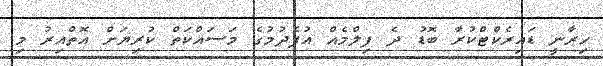
ހިރާނީ ޑައިރެކްޓްކުރާ ބޮޑު ދެ ފިލްމެއް އުފެދުމުގެ މަސައްކަތް ކުރިޔަށް އޮތްއިރު މި